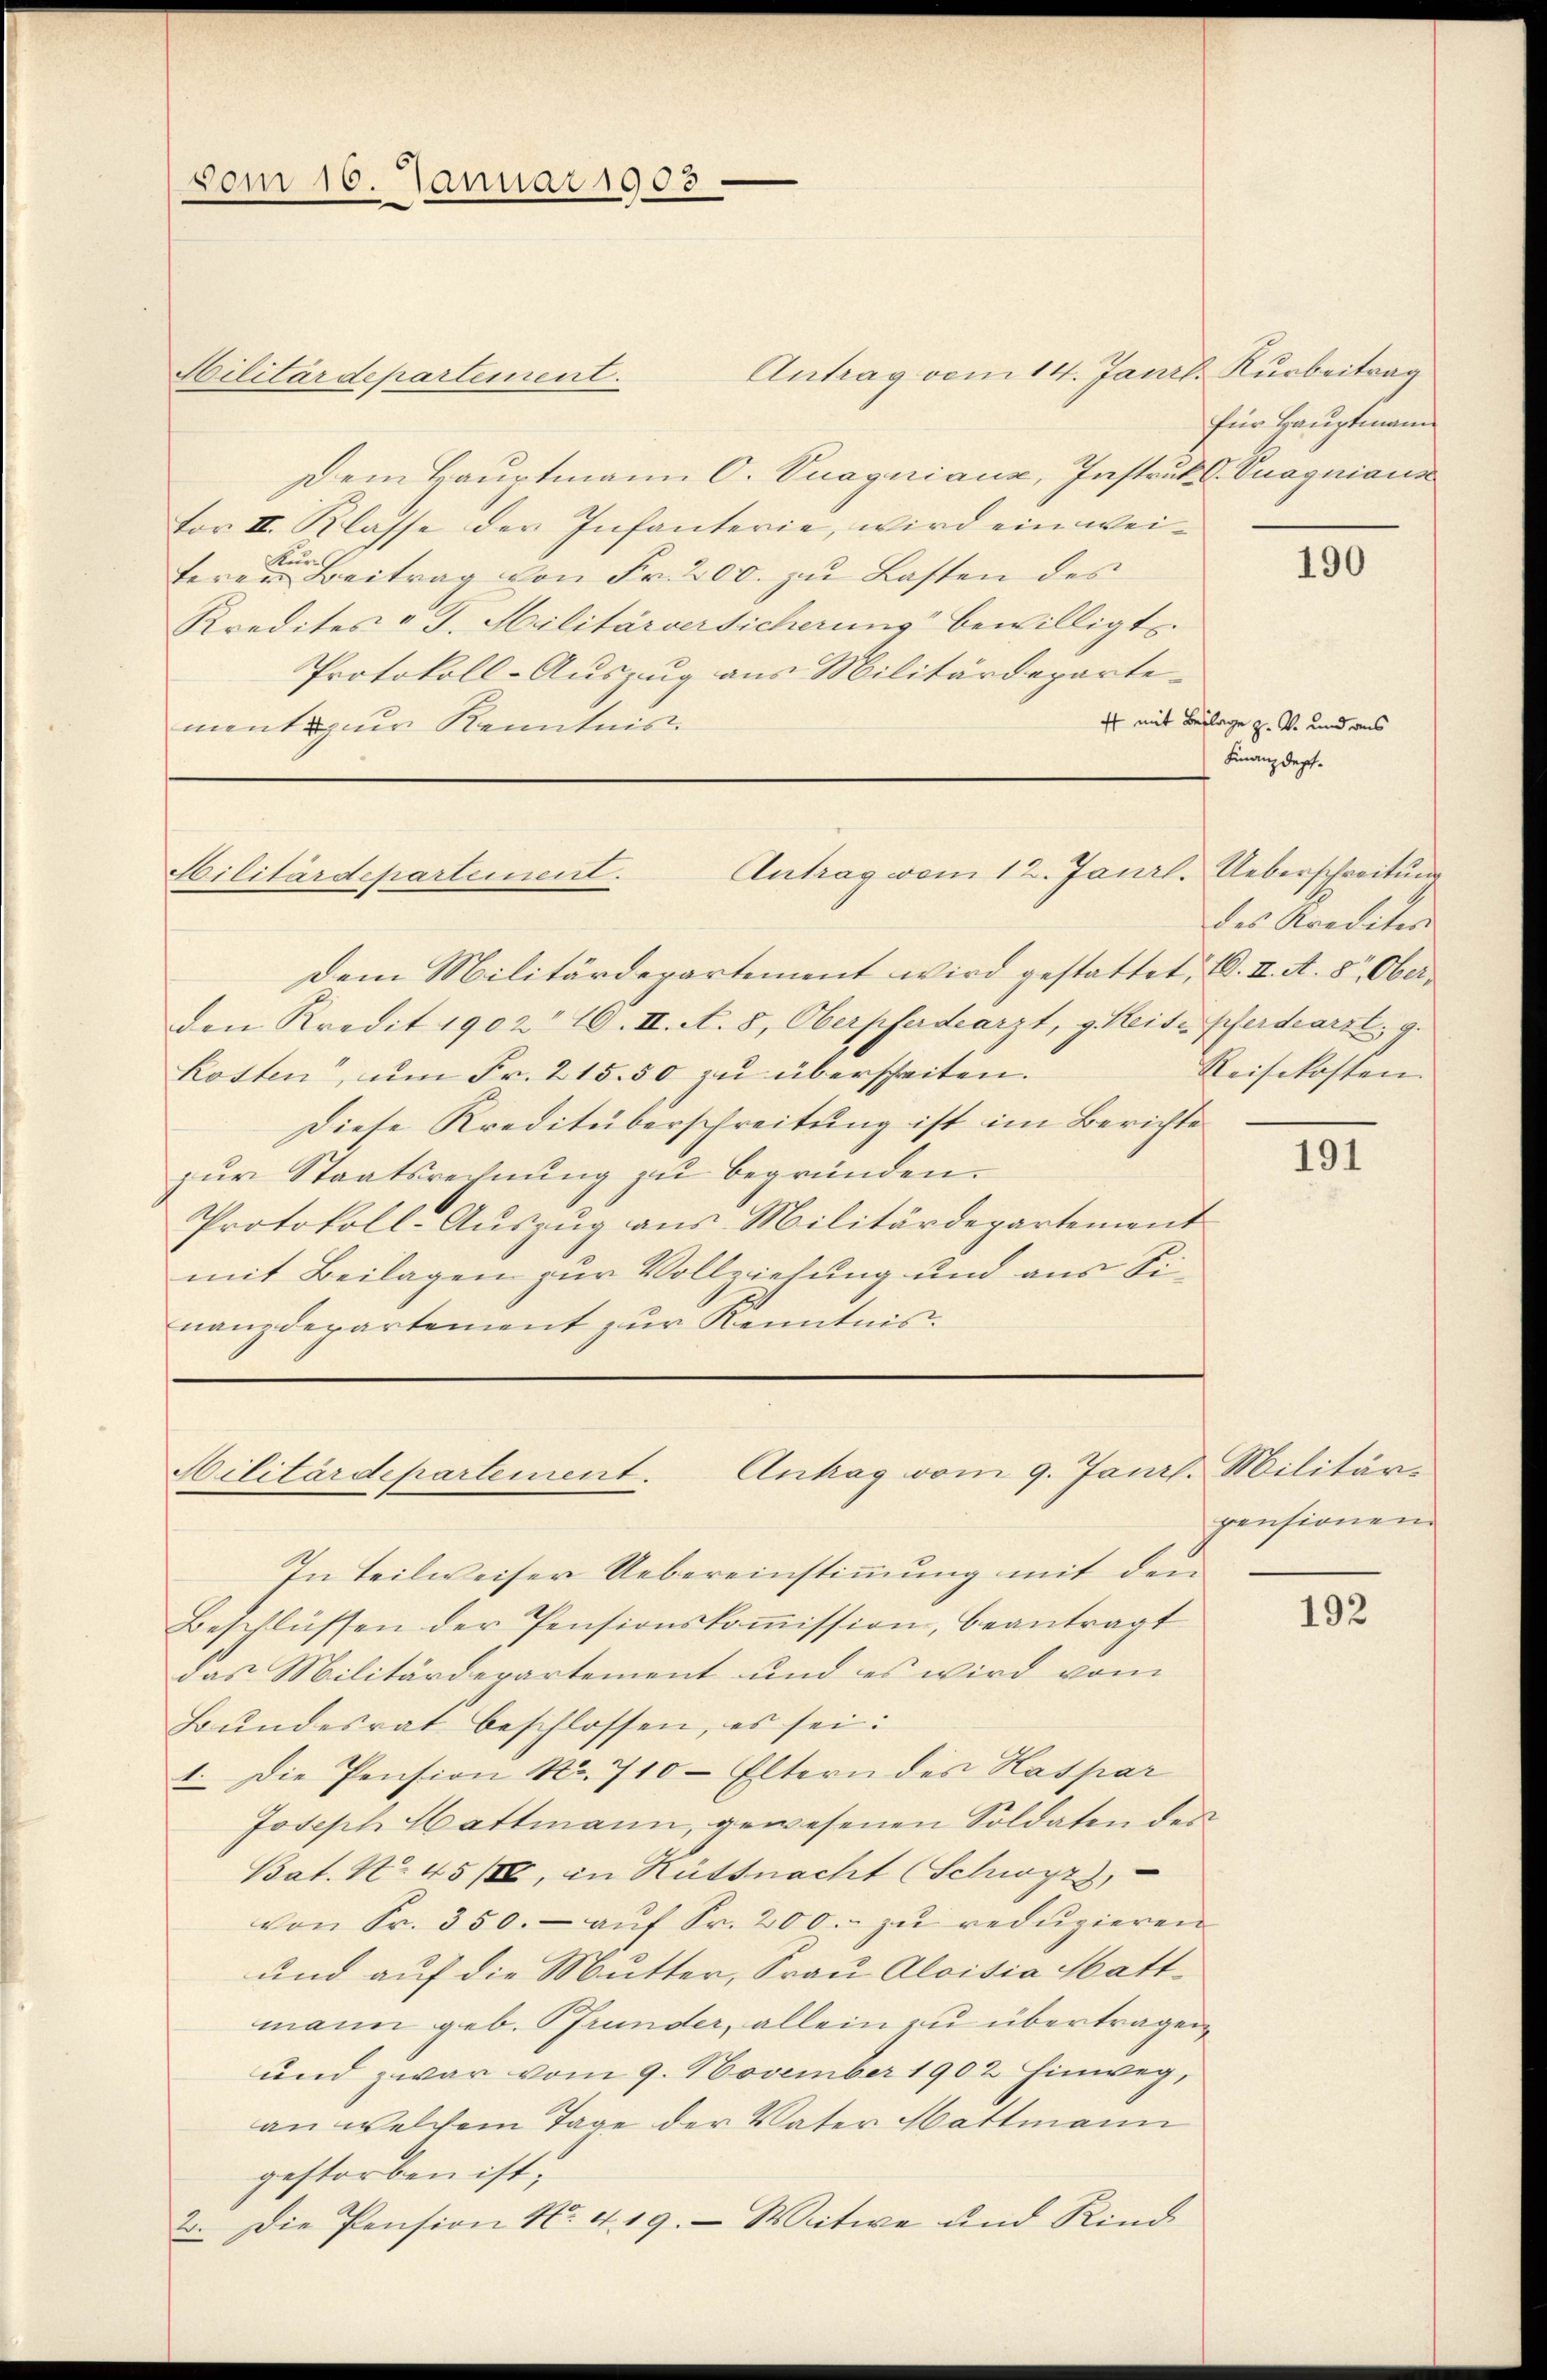
vom 10. Januar 1903

Antrag vom 14. Janrl. Kurbeitrag
Militärdepartement.
Dem Hauptmann O. Vuaquiaux, Instruk C Vuaquiaus
Vor II. Klasse der Infanterie, wird ein wei¬
u
terer Beitrag von Fr. 200. zu Lasten des
Kredites v. J. Militärversicherung“ bewilligt.
Protokoll-Auszug aus Militärdeparte-
ment zur Kenntnis

Antrag vom 12. Janrl. Ueberschreitung
Militärdepartement.

Dem Militärdepartement wird gestattet, 1. II. A. 8. Ober
den Kredit 1902 10. II. A. 8, Oberpferdearzt, g. Reite Pferdearst. g.
kosten, um Fr. 215. 50 zu überscheiten.
Diese Kreditüberschreitung ist im Berichte
zur Staatsrechnung zu begründen.
Protokoll-Auszug aus Militärdepartement
mit Beilagen zur Vollziehung und aus Sinanzdepartement zur Kenntnis.

Militärdepartement. Antrag vom 9. Janrl. Militär-

für Hauptmann

In Teilweiser Uebereinstimmung mit den
Beschlüssen der Pensionskoṁission, beantragt
das Militärderartement und es wird vom
Bŭndesrat beschlossen, es sei:
1. Die Pension Nr. 710 - Eltern des Kaspar
Joseph Hattmann, gewesenen Soldaten der
Bat. No 45/II, in Rütsnacht (Schwyzz,
von Sr. 350.- aŭf Fr. 200.- zŭ redŭzieren
und auf die Mutter, Frau Aloisia Hatt-
mann geb. Pfrunder, allein zu übertragen,
und zwar vom 9. November 1902 hinweg,
an welchem Tage der Vater Mattmann
gestorben ist,
2. Die Pension No. 4. 19. Witwe und Kind

190

4f mit Beilage z. v. und aus
Finanzdept.

des Krediter
Reisekosten.

191

pensionen

192